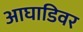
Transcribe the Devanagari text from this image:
आघाडिवर